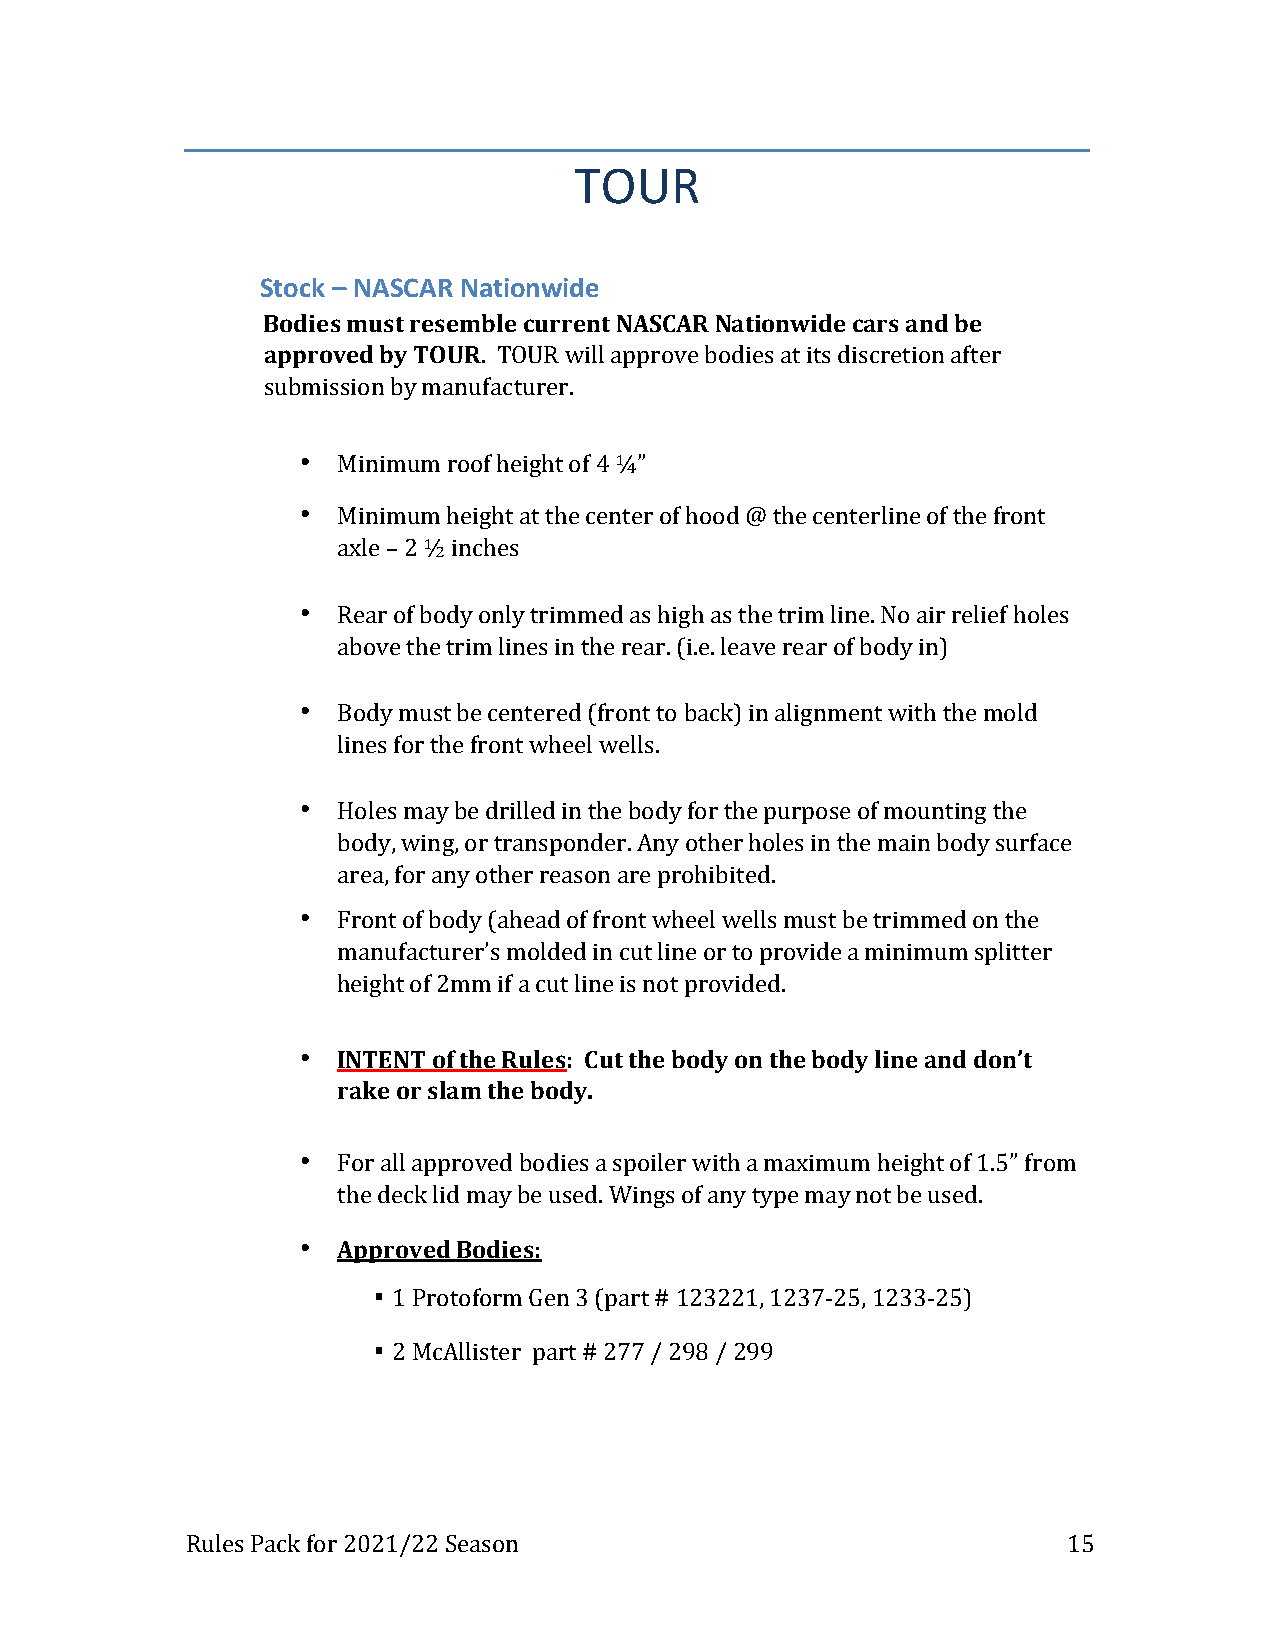
TOUR
 Stock – NASCAR Nationwide
 Bodies must resemble current NASCAR Nationwide cars and be
 approved by TOUR. TOUR will approve bodies at its discretion after
 submission by manufacturer.
 • Minimum roof height of 4 ¼”
 • Minimum height at the center of hood @ the centerline of the front
 axle – 2 ½ inches
 • Rear of body only trimmed as high as the trim line. No air relief holes
 above the trim lines in the rear. (i.e. leave rear of body in)
 • Body must be centered (front to back) in alignment with the mold
 lines for the front wheel wells.
 • Holes may be drilled in the body for the purpose of mounting the
 body, wing, or transponder. Any other holes in the main body surface
 area, for any other reason are prohibited.
 • Front of body (ahead of front wheel wells must be trimmed on the
 manufacturer’s molded in cut line or to provide a minimum splitter
 height of 2mm if a cut line is not provided.
 • INTENT of the Rules: Cut the body on the body line and don’t
 rake or slam the body.
 • For all approved bodies a spoiler with a maximum height of 1.5” from
 the deck lid may be used. Wings of any type may not be used.
 • Approved Bodies:
 ▪ 1 Protoform Gen 3 (part # 123221, 1237-25, 1233-25)
 ▪ 2 McAllister part # 277 / 298 / 299
 Rules Pack for 2021/22 Season                              15